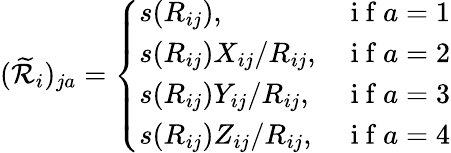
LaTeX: (\widetilde{\mathcal{R}}_{i})_{ja}=\left\{ \begin{array}{ll}{s(R_{ij}),}&{\mathrm{~i~f~}a=1}\\ {s(R_{ij})X_{ij}/R_{ij},}&{\mathrm{~i~f~}a=2}\\ {s(R_{ij})Y_{ij}/R_{ij},}&{\mathrm{~i~f~}a=3}\\ {s(R_{ij})Z_{ij}/R_{ij},}&{\mathrm{~i~f~}a=4}\end{array}\right.